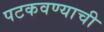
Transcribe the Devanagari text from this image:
पटकवण्याची